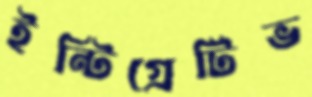
ইন্টিগ্রেটিভ